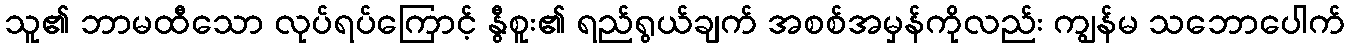
သူ၏ ဘာမထီသော လုပ်ရပ်ကြောင့် နွီစူး၏ ရည်ရွယ်ချက် အစစ်အမှန်ကိုလည်း ကျွန်မ သဘောပေါက်